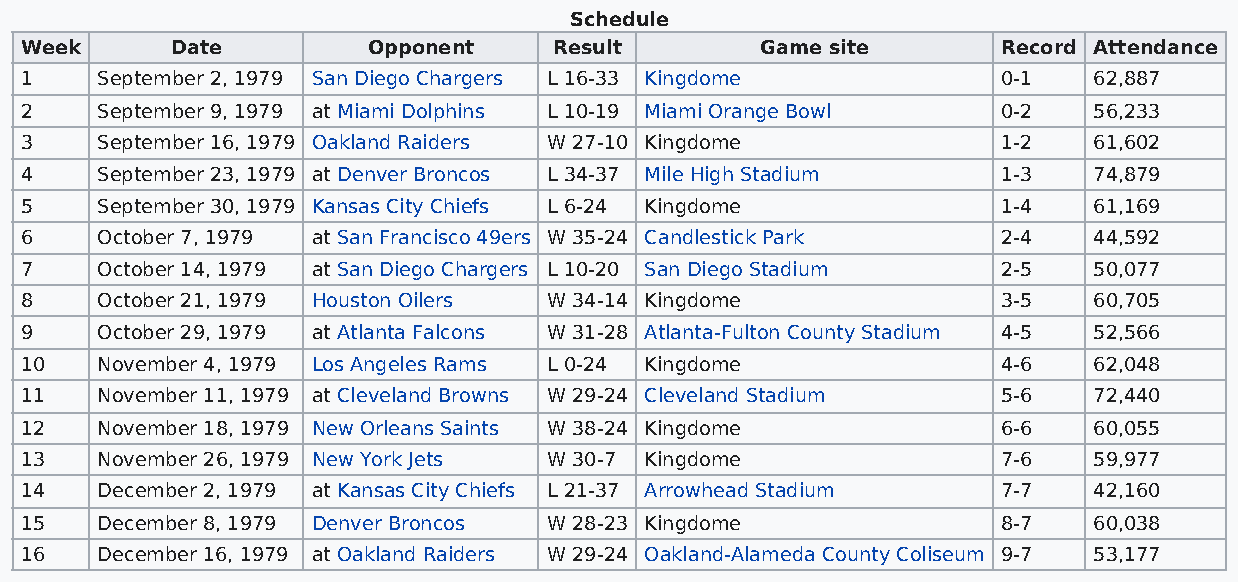
Schedule
 Week      Date         Opponent     Result       Game site       Record Attendance
 1    September 2, 1979 San Diego Chargers L 16-33 Kingdome       0-1   62,887
 2    September 9, 1979 at Miami Dolphins L 10-19 Miami Orange Bowl 0-2 56,233
 3    September 16, 1979 Oakland Raiders W 27-10 Kingdome         1-2   61,602
 4    September 23, 1979 at Denver Broncos L 34-37 Mile High Stadium 1-3 74,879
 5    September 30, 1979 Kansas City Chiefs L 6-24 Kingdome       1-4   61,169
 6    October 7, 1979 at San Francisco 49ers W 35-24 Candlestick Park 2-4 44,592
 7    October 14, 1979 at San Diego Chargers L 10-20 San Diego Stadium 2-5 50,077
 8    October 21, 1979 Houston Oilers W 34-14 Kingdome            3-5   60,705
 9    October 29, 1979 at Atlanta Falcons W 31-28 Atlanta-Fulton County Stadium 4-5 52,566
 10   November 4, 1979 Los Angeles Rams L 0-24 Kingdome           4-6   62,048
 11   November 11, 1979 at Cleveland Browns W 29-24 Cleveland Stadium 5-6 72,440
 12   November 18, 1979 New Orleans Saints W 38-24 Kingdome       6-6   60,055
 13   November 26, 1979 New York Jets W 30-7 Kingdome             7-6   59,977
 14   December 2, 1979 at Kansas City Chiefs L 21-37 Arrowhead Stadium 7-7 42,160
 15   December 8, 1979 Denver Broncos W 28-23 Kingdome            8-7   60,038
 16   December 16, 1979 at Oakland Raiders W 29-24 Oakland-Alameda County Coliseum 9-7 53,177